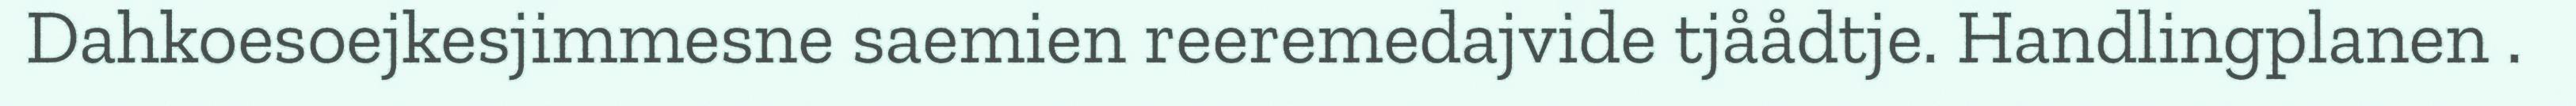
Dahkoesoejkesjimmesne saemien reeremedajvide tjåådtje. Handlingplanen .